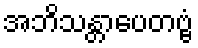
အဘိသန္တာပေတဗ္ဗံ